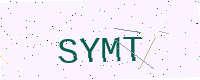
Text: SYMT